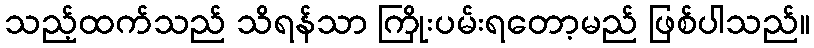
သည့်ထက်သည် သိရန်သာ ကြိုးပမ်းရတော့မည် ဖြစ်ပါသည်။